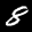
Label: 8